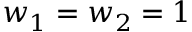
w _ { 1 } = w _ { 2 } = 1